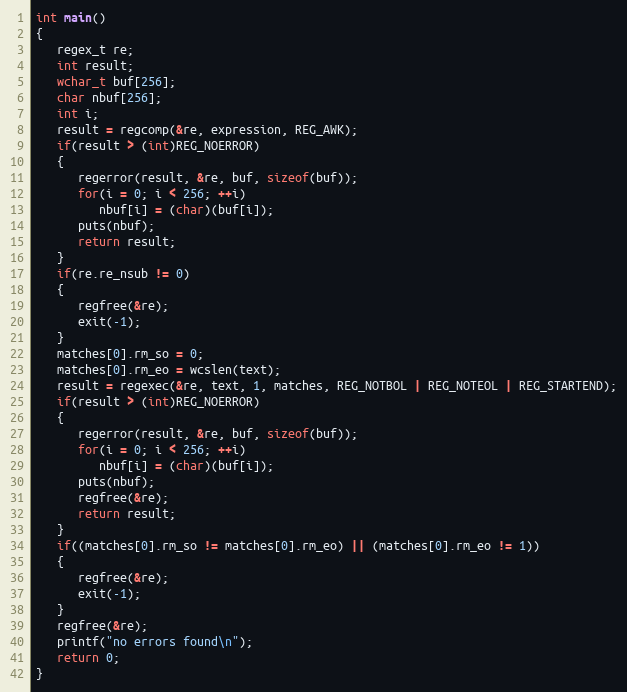
Language: C
int main()
{
   regex_t re;
   int result;
   wchar_t buf[256];
   char nbuf[256];
   int i;
   result = regcomp(&re, expression, REG_AWK);
   if(result > (int)REG_NOERROR)
   {
      regerror(result, &re, buf, sizeof(buf));
      for(i = 0; i < 256; ++i)
         nbuf[i] = (char)(buf[i]);
      puts(nbuf);
      return result;
   }
   if(re.re_nsub != 0)
   {
      regfree(&re);
      exit(-1);
   }
   matches[0].rm_so = 0;
   matches[0].rm_eo = wcslen(text);
   result = regexec(&re, text, 1, matches, REG_NOTBOL | REG_NOTEOL | REG_STARTEND);
   if(result > (int)REG_NOERROR)
   {
      regerror(result, &re, buf, sizeof(buf));
      for(i = 0; i < 256; ++i)
         nbuf[i] = (char)(buf[i]);
      puts(nbuf);
      regfree(&re);
      return result;
   }
   if((matches[0].rm_so != matches[0].rm_eo) || (matches[0].rm_eo != 1))
   {
      regfree(&re);
      exit(-1);
   }
   regfree(&re);
   printf("no errors found\n");
   return 0;
}